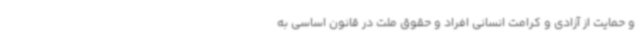
و حمایت از آزادی و کرامت انسانی افراد و حقوق ملت در قانون اساسی به